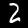
Digit: 2